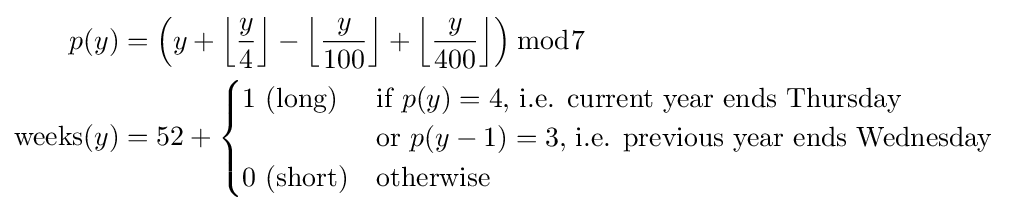
{\begin{aligned}p(y)&=\left(y+\left\lfloor {\frac {y}{4}}\right\rfloor -\left\lfloor {\frac {y}{100}}\right\rfloor +\left\lfloor {\frac {y}{400}}\right\rfloor \right){\bmod {7}}\\{\text{weeks}}(y)&=52+{\begin{cases}1{\text{ (long)}}&{\text{if }}p(y)=4{\text{, i.e. current year ends Thursday}}\\&{\text{or }}p(y-1)=3{\text{, i.e. previous year ends Wednesday}}\\0{\text{ (short)}}&{\text{otherwise}}\end{cases}}\end{aligned}}